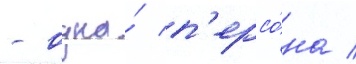
- одна́ п'ерсо́на /